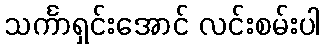
သင်္ကာရှင်းအောင် လင်းစမ်းပါ